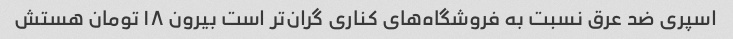
اسپری ضد عرق نسبت به فروشگاه‌های کناری گران‌تر است بیرون ۱۸ تومان هستش